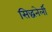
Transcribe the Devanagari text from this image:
सिद्धनेर्ली